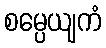
စမ္ပေယျကံ